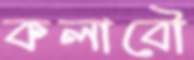
কলাবৌ